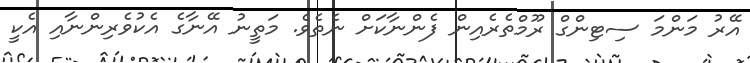
އޭރު މަންމަ ސިޓިންގް ރޫމްތެރެއިން ފެންނާކަށް ނެތެވެ. މަތީނު އޭނާގެ އެކުވެރިންނާއި އެކީ